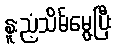
နူးညံ့သိမ်မွေ့ပြီး